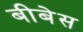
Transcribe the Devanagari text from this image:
बीबेस